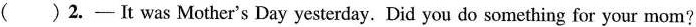
()2.- It was Mother's Day yesterday. Did you do something for your mom?